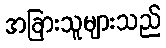
အခြားသူများသည်